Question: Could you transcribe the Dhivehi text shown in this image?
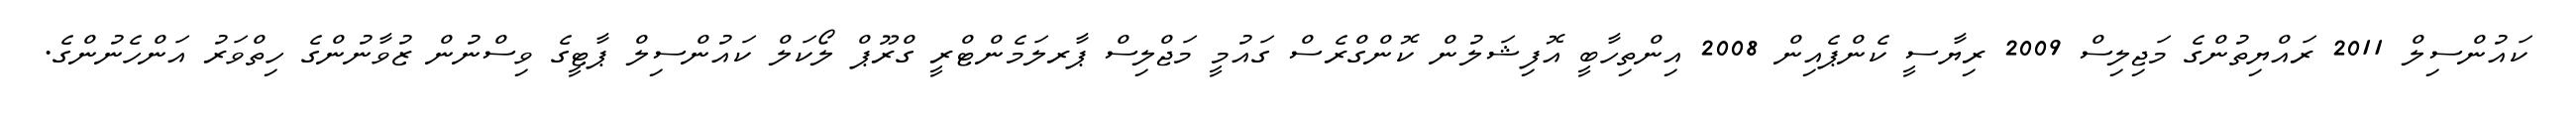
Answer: ކައުންސިލް 2011 ރައްޔިތުންގެ މަޖިލިސް 2009 ރިޔާސީ ކެންޕެއިން 2008 އިންތިހާބީ އޮފިޝަލުން ކޮންގްރެސް ގައުމީ މަޖްލިސް ޕާރލަމެންޓްރީ ގްރޫޕް ލޯކަލް ކައުންސިލް ޕާޓީގެ ވިސްނުން ޒުވާނުންގެ ހިތްވަރު އަންހެނުންގެ.